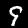
Label: 9